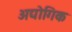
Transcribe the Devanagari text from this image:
अद्योगिक